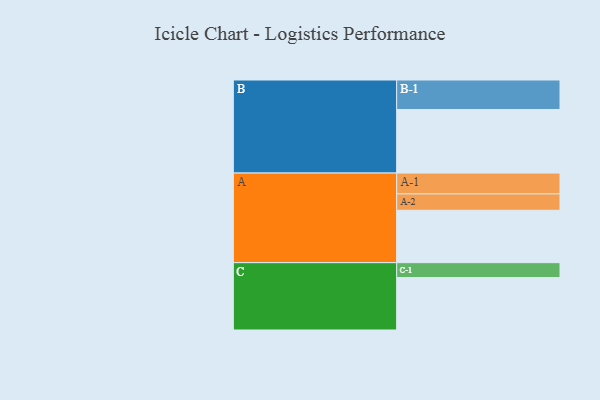
{"axis": {"x": "Segment", "y": "Value"}, "legend": ["", "A", "B", "C"], "data": [{"x": "A", "y": 393, "type": ""}, {"x": "B", "y": 477, "type": ""}, {"x": "C", "y": 393, "type": ""}, {"x": "A-1", "y": 156, "type": "A"}, {"x": "A-2", "y": 123, "type": "A"}, {"x": "B-1", "y": 221, "type": "B"}, {"x": "C-1", "y": 112, "type": "C"}]}